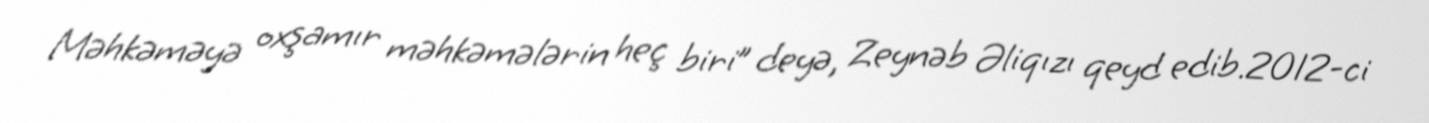
Məhkəməyə oxşamır məhkəmələrin heç biri” deyə, Zeynəb Əliqızı qeyd edib.2012-ci